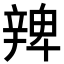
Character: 𨐜